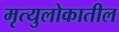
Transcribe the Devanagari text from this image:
मृत्युलोकातील